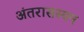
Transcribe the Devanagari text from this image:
अंतरासस्यन